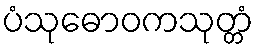
ပံသုဓောဝကသုတ္တံ